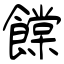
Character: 饓